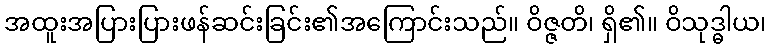
အထူးအပြားပြားဖန်ဆင်းခြင်း၏အကြောင်းသည်။ ဝိဇ္ဇတိ၊ ရှိ၏။ ဝိသုဒ္ဓါယ၊